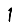
Digit: 1